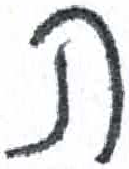
אות: ת